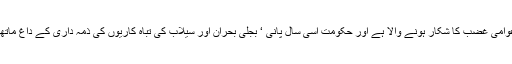
قرائن بتارہے ہیں کہ حکمران ٹولہ جلد عوامی غضب کا شکار ہونے والا ہے اور حکومت اسی سال پانی ‘ بجلی بحران اور سیلاب کی تباہ کاریوں کی ذمہ داری کے داغ ماتھے پر سجائے رخصت کردی جائے گی۔